Cholera in India, 1862 to 1881
Year: 1862
Disease focus: Cholera
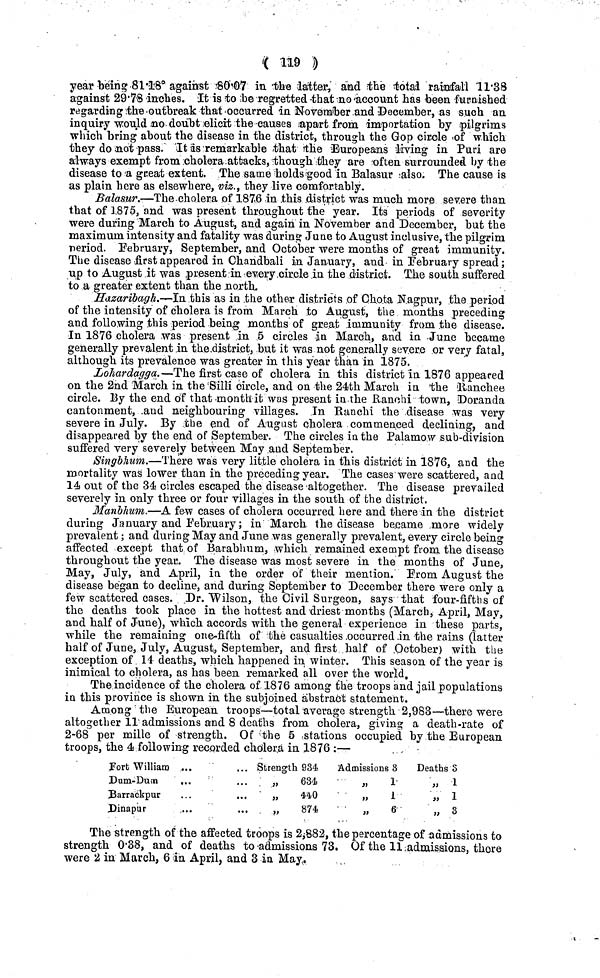
( 119 )
year being 81·18° against 80·07 in the latter, and the total rainfall 11·38
against 29·78 inches. It is to be regretted -that no account has been furnished
regarding the outbreak that occurred in November and December, as such an
inquiry would no doubt elicit the causes apart from importation by pilgrims
which bring about the disease in the district, through the Gop circle of which
they do not pass. It is remarkable that the Europeans living in Puri are
always exempt from cholera attacks, though they are often surrounded by the
disease to a great extent. The same holds good in Balasur also. The cause is
as plain here as elsewhere, viz., they live comfortably.
Balasur.—The cholera of 1876 in this district was much more severe than
that of 1875, and was present throughout the year. Its periods of severity
were during March to August, and again in November and December, but the
maximum intensity and fatality was during June to August inclusive, the pilgrim
period. February, September, and October were months of great immunity.
The disease first appeared in Chandbali in January, and in February spread;
up to August it was present in every circle in the district. The south suffered
to a greater extent than the north.
Hazaribagh.—In this as in the other districts of Chota Nagpur, the period
of the intensity of cholera is from March to August, the months preceding
and following this period being months of great immunity from the disease.
In 1876 cholera was present in 5 circles in March, and in June became
generally prevalent in the district, but it was not generally severe or very fatal,
although its prevalence was greater in this year than in 1875.
Lohardagga.—The first case of cholera in this district in 1876 appeared
on the 2nd March in the Silli circle, and on the 24th March in the Ranchee
circle. By the end of that month it was present in the Ranchi town, Doranda
cantonment, and neighbouring villages. In Ranchi the disease was very
severe in July. By the end of August cholera commenced declining, and
disappeared by the end of September. The circles in the Palamow sub-division
suffered very severely between May and September,
Singbhum.—There was very little cholera in this district in 1876, and the
mortality was lower than in the preceding year. The cases were scattered, and
14 out of the 34 circles escaped the disease altogether. The disease prevailed
severely in only three or four villages in the south of the district.
Manbhum.—A few cases of cholera occurred here and there in the district
during January and February; in March the disease became more widely
prevalent; and during May and June was generally prevalent, every circle being
affected except that of Barabhum, which remained exempt from the disease
throughout the year. The disease was most severe in the months of June,
May, July, and April, in the order of their mention. From August the
disease began to decline, and during September to December there were only a
few scattered cases. Dr. Wilson, the Civil Surgeon, says that four-fifths of
the deaths took place in the hottest and driest months (March, April, May,
and half of June), which accords with the general experience in these parts,
while the remaining one-fifth of the casualties occurred in the rains (latter
half of June, July, August, September, and first half of October) with the
exception of 14 deaths, which happened in winter. This season of the year is
inimical to cholera, as has been remarked all over the world.
The incidence of the cholera of 1876 among the troops and jail populations
in this province is shown in the subjoined abstract statement.
Among the European troops—total average strength 2,983—there were
altogether 11 admissions and 8 deaths from cholera, giving a death-rate of
2-68 per mille of strength. Of the 5 stations occupied by the European
troops, the 4 following recorded cholera in 1876 :—
Fort William ...
Dum-Dum
...
Barrackpur
Dinapur
Strength 934
„
634
,, 440
„
874
Admissions 8
1
1
6
Deaths 3
,, 1
„ 1
,, 3
The strength of the affected troops is 2,882, the percentage of admissions to
strength 0·38, and of deaths to admissions 73. Of the 11 admissions, there
were 2 in March, 6 in April, and 3 in May,